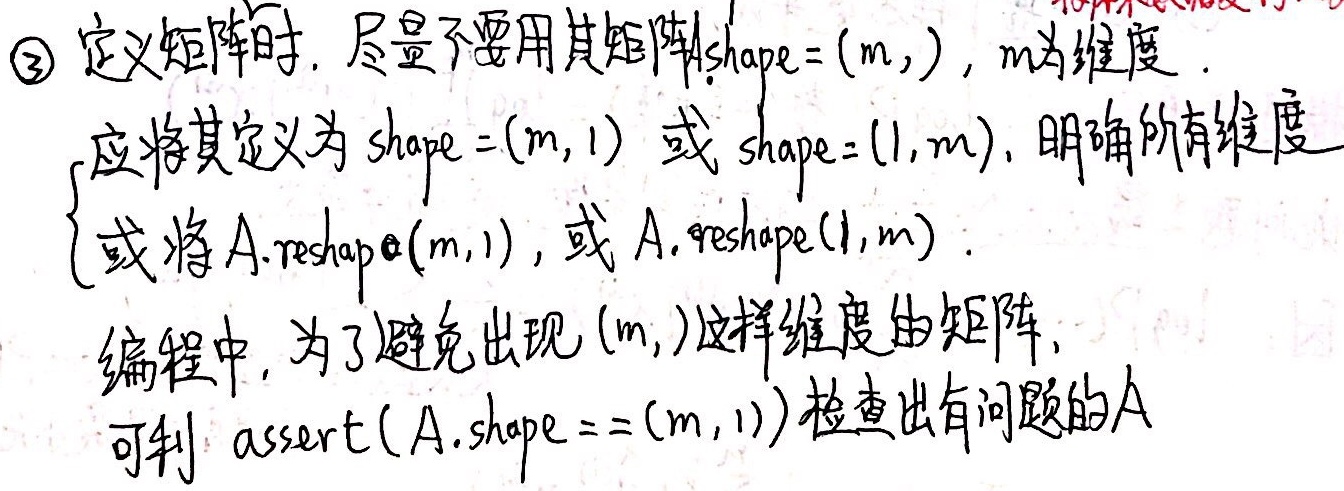
\textcircled{3} 定义矩阵时，尽量不要用其矩阵 $A$ 的形状为 $A.shape=(m,)$，其中 $m$ 为维度。应将其定义为 $shape=(m,1)$ 或 $shape=(1,m)$，明确所有维度，或将 $A$ 进行重塑，即 $A.reshape(m,1)$ 或 $A.reshape(1,m)$。编程中，为了避免出现 $(m,)$ 这样维度的矩阵，可利用 $\text{assert}(A.shape == (m,1))$ 检查出有问题的 $A$